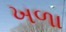
ખળા